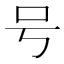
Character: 号